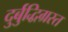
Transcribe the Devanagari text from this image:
दुर्बुद्धिग्रस्त